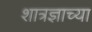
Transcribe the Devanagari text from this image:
शात्रज्ञाच्या